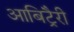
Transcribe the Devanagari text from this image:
आबिट्रैरी